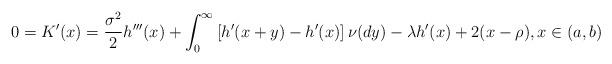
LaTeX: \begin{align*}0=K'(x) ={\sigma^2\over 2}h'''(x) +\int_0^\infty \left[h'(x+y)-h'(x)\right]\nu(dy)-\lambda h'(x) +2(x-\rho),x\in(a,b)\end{align*}